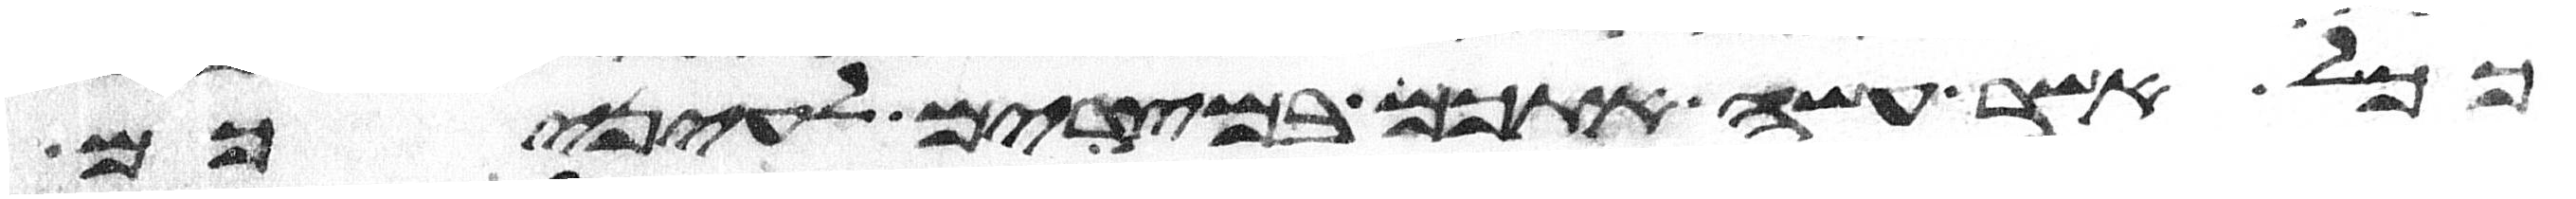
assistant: ככל אשר עשה אתכם במצרים לעיניכם